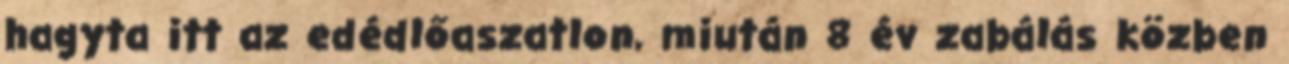
hagyta itt az edédlőaszatlon, miután 8 év zabálás közben